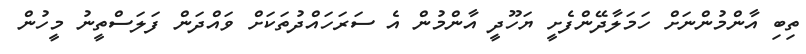
ތިބި އާންމުންނަށް ހަމަލާދޭންފެށީ ޔަހޫދީ އާންމުން އެ ސަރަހައްދުތަކަށް ވައްދަން ފަލަސްތީނު މީހުން